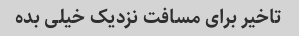
تاخیر برای مسافت نزدیک خیلی بده